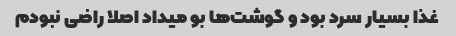
غذا بسیار سرد بود و گوشت‌ها بو میداد اصلا راضی نبودم